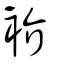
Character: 衸